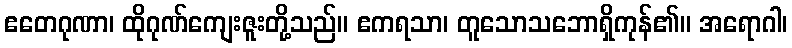
ဧတေဂုဏာ၊ ထိုဂုဏ်ကျေးဇူးတို့သည်။ ဧကရသာ၊ တူသောသဘောရှိကုန်၏။ အရောဂါ၊